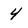
Character: 4